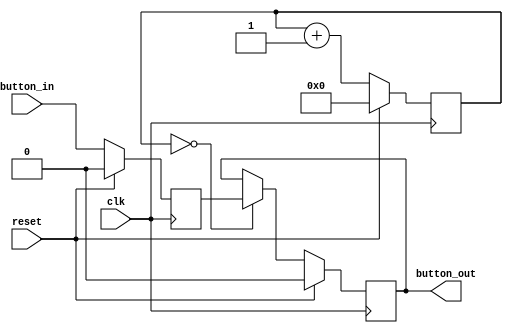
`timescale 1ns / 1ps

//////////////////////////////////////////////////////////////////////////////////
// ACS
// Computer Design 1
//  
// Module Name:  		debouncer
// Project Name:		Laborator 6
// Target Devices: 		Digilent Nexys 3
//////////////////////////////////////////////////////////////////////////////////

module debouncer(
    output reg button_out,
    input clk,
    input reset,
    input button_in
    );

	// NU MODIFICAI ACEST FIIER!

    reg [15:0] count;
    reg button_tmp;

    always @(posedge clk) begin
        if (reset == 1) begin
            count <= 0;
            button_tmp <= 0;
            button_out <= 0;
        end else begin
            count <= count + 16'd1;
            button_tmp <= button_in;

            if (count == 0) begin
                button_out <= button_tmp;
            end
        end
    end
endmodule